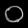
Digit: ၀